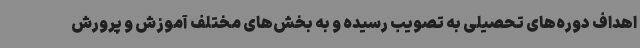
اهداف دوره‌های تحصیلی به تصویب رسیده و به بخش‌های مختلف آموزش و پرورش